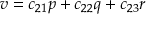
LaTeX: v = c _ { 2 1 } p + c _ { 2 2 } q + c _ { 2 3 } r